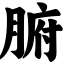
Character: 腑